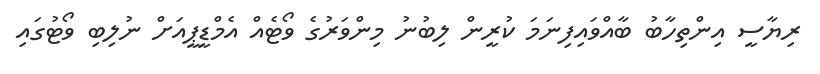
ރިޔާސީ އިންތިހާބު ބާއްވައިފިނަމަ ކުރީން ލިބުނު މިންވަރުގެ ވޯޓެއް އެމްޑީޕީއަށް ނުލިބި ވޯޓުގައި